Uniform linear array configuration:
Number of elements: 12
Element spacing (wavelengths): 0.25
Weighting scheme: hann
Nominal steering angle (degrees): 30
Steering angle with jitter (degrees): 30.129
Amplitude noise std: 0.05
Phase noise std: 0.05

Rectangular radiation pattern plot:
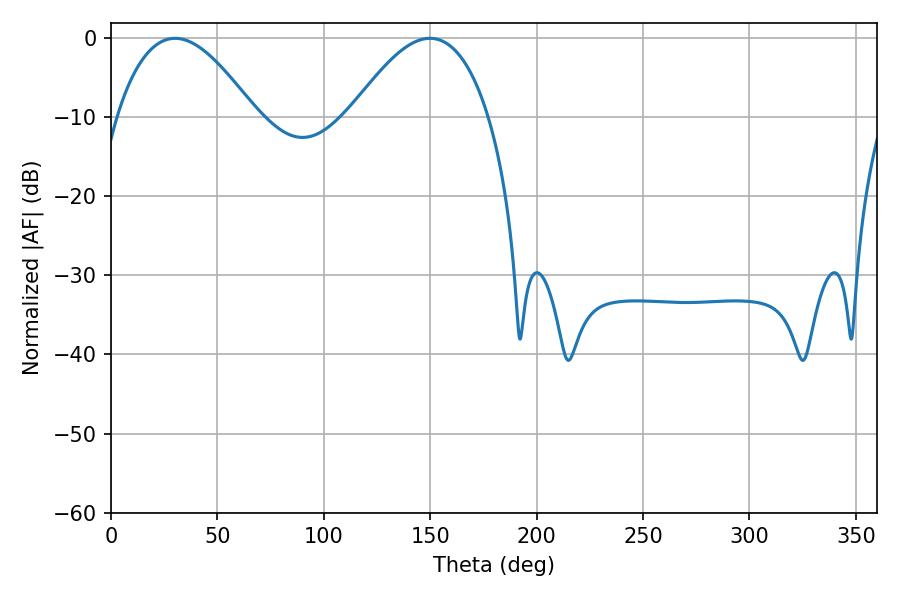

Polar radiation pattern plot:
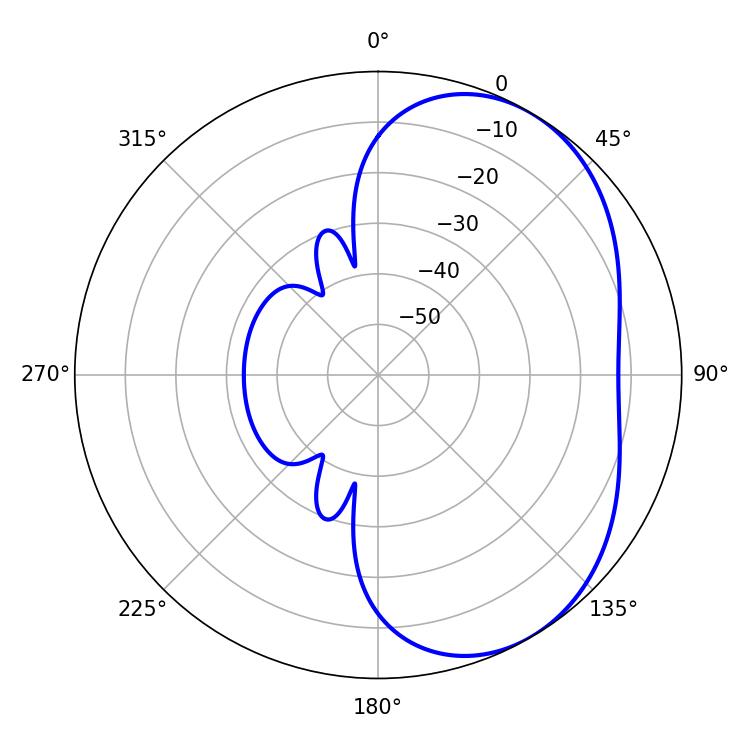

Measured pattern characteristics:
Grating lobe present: FALSE
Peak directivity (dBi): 4.277
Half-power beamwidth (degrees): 35.46
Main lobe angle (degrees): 30.06